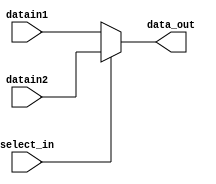
//=========================================================================
// Name & Email must be EXACTLY as in Gradescope roster!
// Name: Alex Nguyen Chandler Bottomley
// 
// Assignment name: 
// Lab section: 
// TA: 
// 
// I hereby certify that I have not received assistance on this assignment,
// or used code, from ANY outside source other than the instruction team
// (apart from what was provided in the starter file).
//
//=========================================================================

`timescale 1ns / 1ps

module mux_2_1 (select_in, datain1, datain2, data_out);

// Parameters 
parameter WORD_SIZE = 32 ; 

// Input and outputs 
// Modelling with Continuous Assignments 

input  wire select_in ;  
input  wire [WORD_SIZE-1:0] datain1 ; 
input  wire [WORD_SIZE-1:0] datain2 ; 
output wire [WORD_SIZE-1:0] data_out ;

assign data_out = (select_in) ? datain2 : datain1;

endmodule